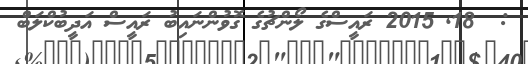
:  18